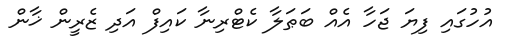
އުހުގައި ފިޔަ ޖަހާ އެއް ބަޠަލާ ކެޓްރިނާ ކައިފް އަދި ޒެރީން ޚާން